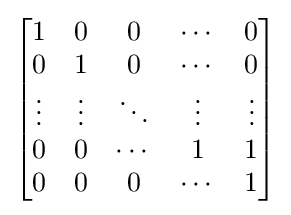
{\begin{bmatrix}1&0&0&\cdots &0\\0&1&0&\cdots &0\\\vdots &\vdots &\ddots &\vdots &\vdots \\0&0&\cdots &1&1\\0&0&0&\cdots &1\\\end{bmatrix}}